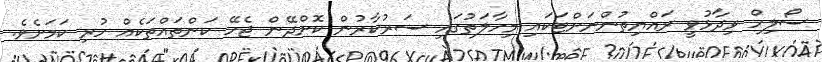
ސޯލިހް ވިދާޅުވީ ރައްޔިތުންނަށްޓަކައި މިހާލަތުގައި ސަރުކާރުން ކޮށްދޭން ޖެހޭ ކަންތައްތަކެއް ހުރި ކަމަށެވެ.